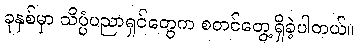
ခုနှစ်မှာ သိပ္ပံပညာရှင်တွေက စတင်တွေ့ရှိခဲ့ပါတယ်။